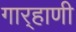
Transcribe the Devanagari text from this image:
गार्‍हाणी